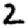
Digit: 2